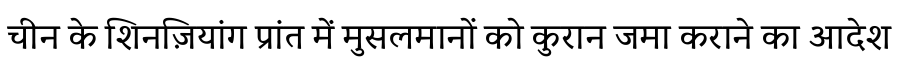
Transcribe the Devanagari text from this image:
चीन के शिनज़ियांग प्रांत में मुसलमानों को कुरान जमा कराने का आदेश